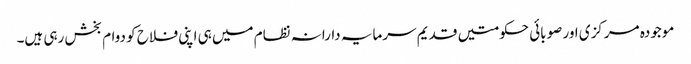
موجودہ مرکزی اور صوبائی حکومتیں قدیم سرمایہ دارانہ نظام میں ہی اپنی فلاح کو دوام بخش رہی ہیں۔